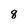
Character: 8